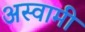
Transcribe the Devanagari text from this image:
अस्वामी